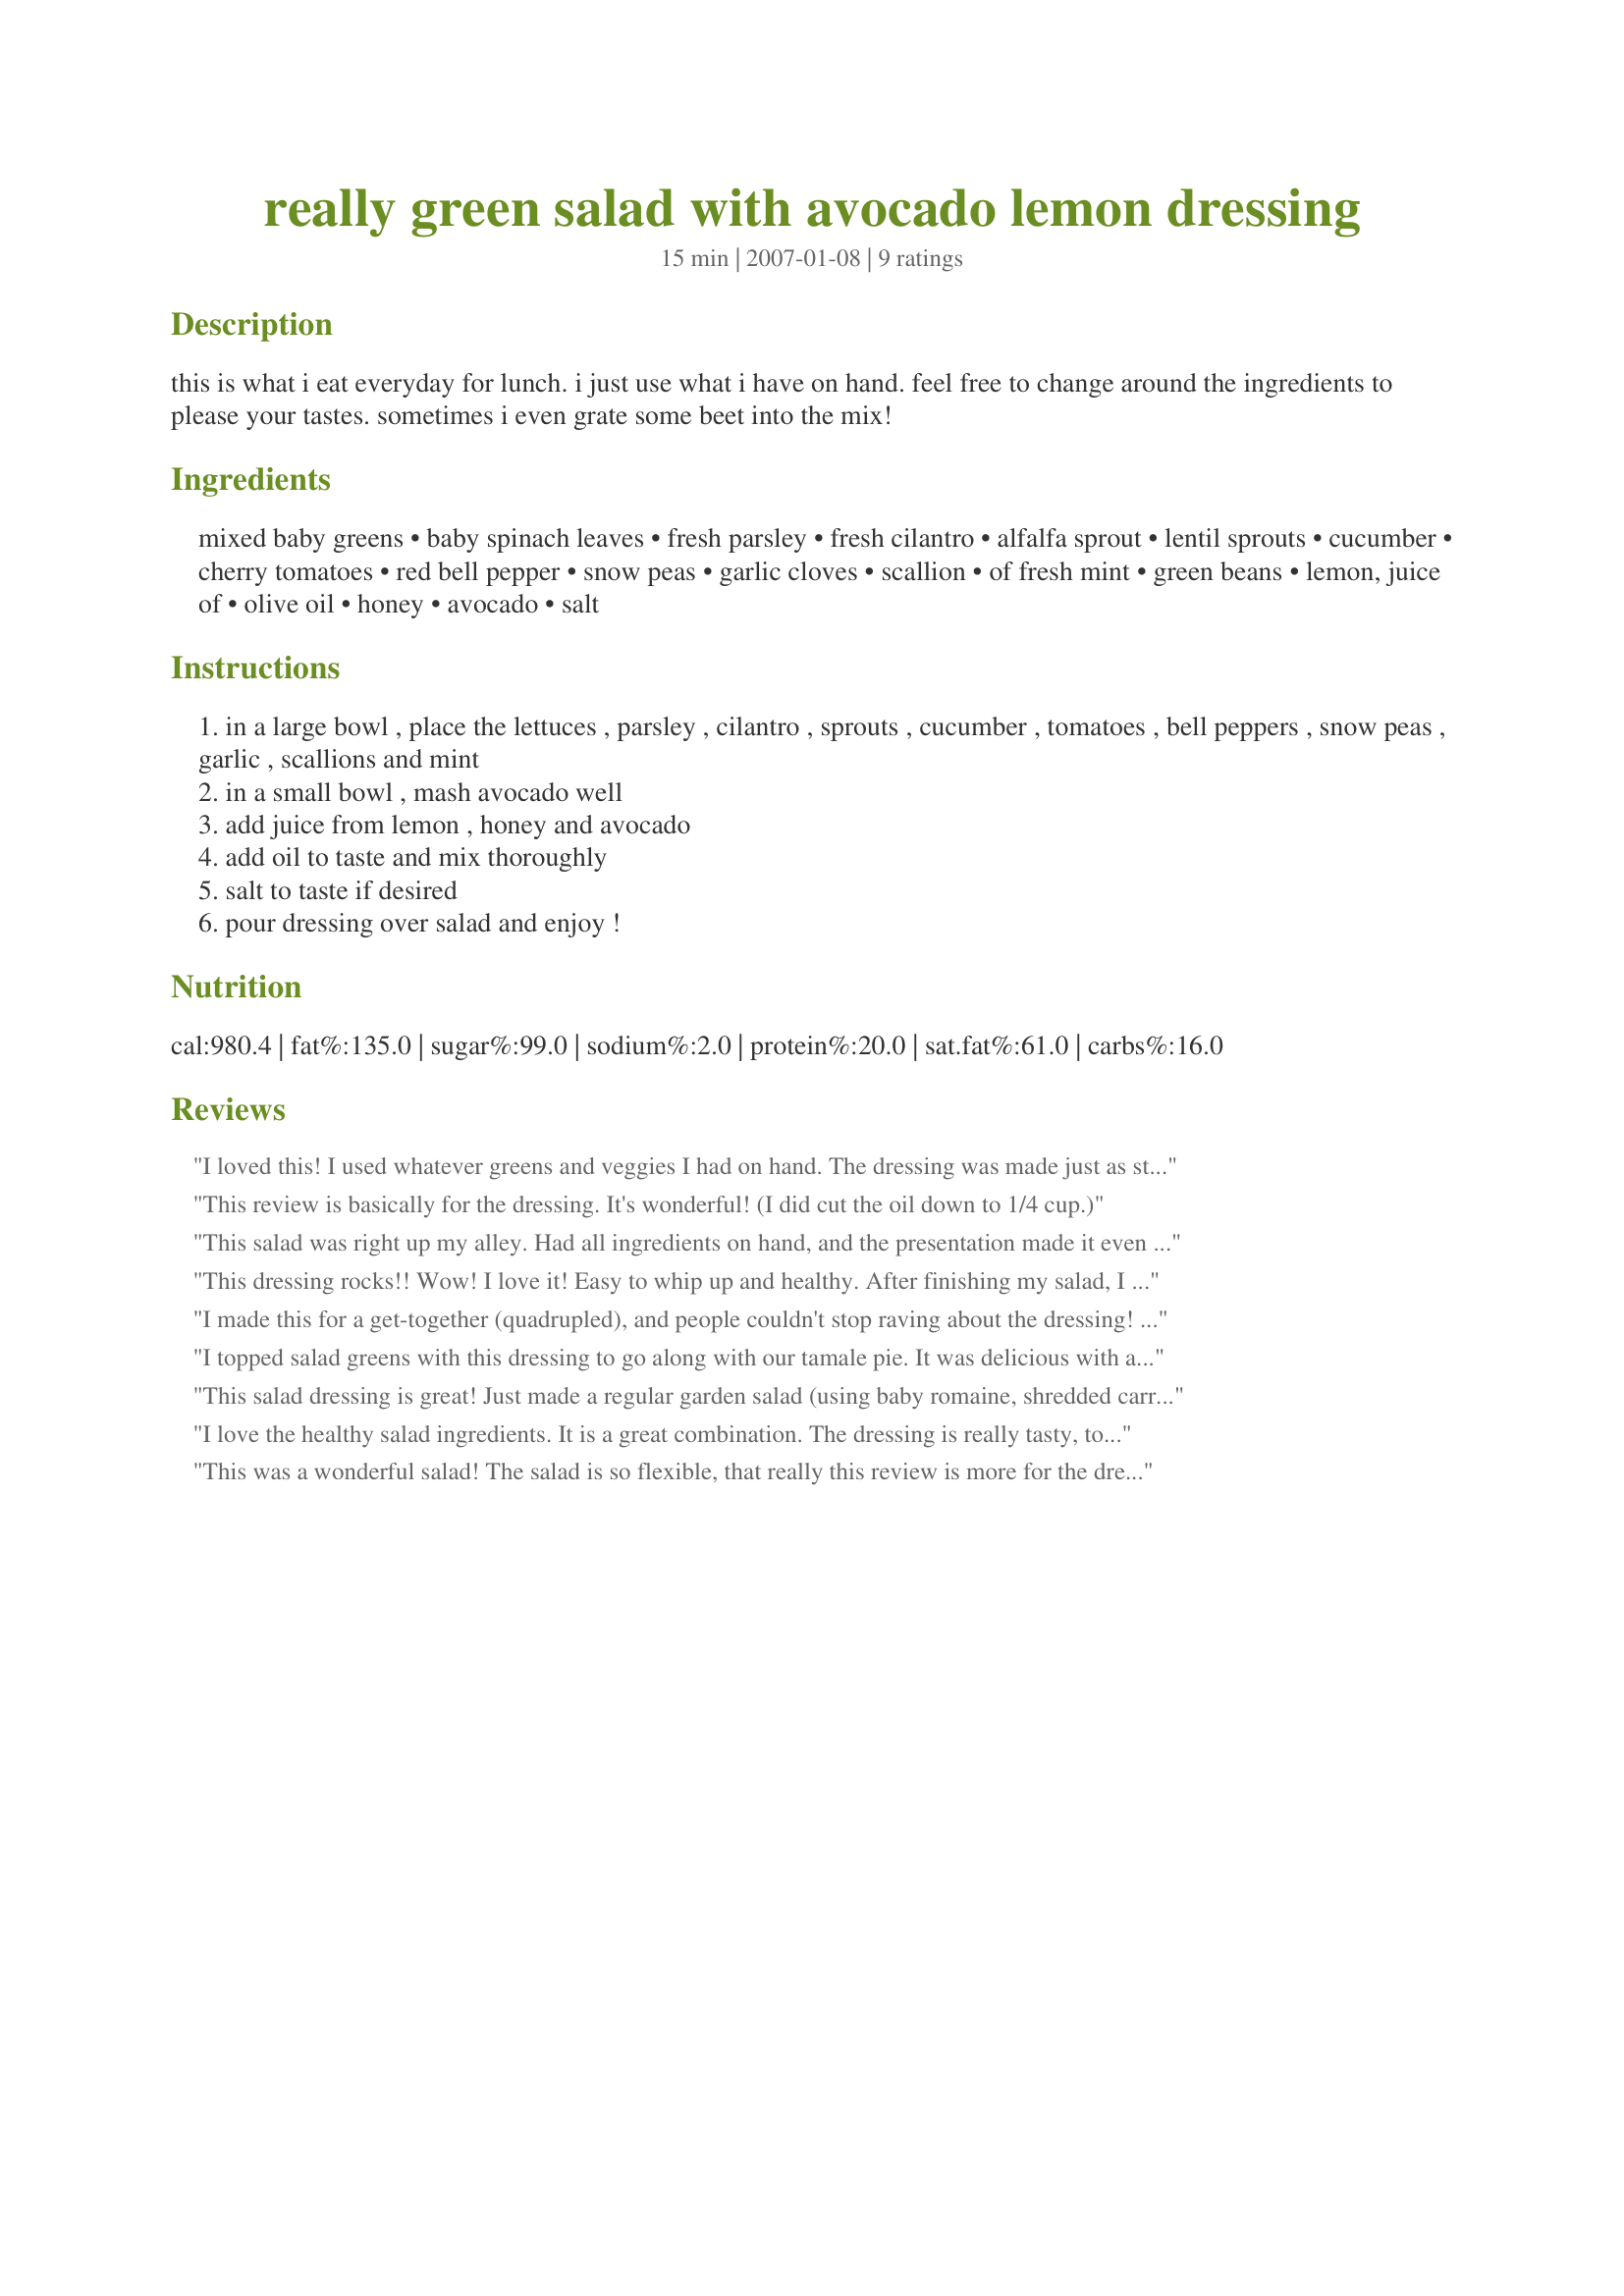
really green salad with avocado lemon dressing
Preparation time: 15 minutes

this is what i eat everyday for lunch. i just use what i have on hand. feel free to change around the ingredients to please your tastes. sometimes i even grate some beet into the mix!

Ingredients:
mixed baby greens, baby spinach leaves, fresh parsley, fresh cilantro, alfalfa sprout, lentil sprouts, cucumber, cherry tomatoes, red bell pepper, snow peas, garlic cloves, scallion, of fresh mint, green beans, lemon, juice of, olive oil, honey, avocado, salt

Steps:
in a large bowl , place the lettuces , parsley , cilantro , sprouts , cucumber , tomatoes , bell peppers , snow peas , garlic , scallions and mint
in a small bowl , mash avocado well
add juice from lemon , honey and avocado
add oil to taste and mix thoroughly
salt to taste if desired
pour dressing over salad and enjoy !

Reviews:
I loved this! I used whatever greens and veggies I had on hand. The dressing was made just as stated...boy do I love avocados! Thanks for sharing!
This review is basically for the dressing. It's wonderful! (I did cut the oil down to 1/4 cup.)
This salad was right up my alley. Had all ingredients on hand, and the presentation made it even more "hunger inducing". The dressing really added to the appeal, and the taste refreshing to the palate. This salad along with the dressing was gobbled down even faster by my vegan sons. I did however, just cut back a little on the olive oil, (my preference) just to keep it a bit lower in fat. Will make this again!
This dressing rocks!! Wow! I love it! Easy to whip up and healthy. After finishing my salad, I drizzled some on my salmon. Perfect combination! Try it!! Thanks for sharing this awesome recipe!
I made this for a get-together (quadrupled), and people couldn't stop raving about the dressing! I reduced the olive oil to 1/4c and added in a few dashes of red wine vinegar. It was excellent. I will make this my new salad dressing; I love that its bright and healthy and there are no nasty preservatives or additives.
I topped salad greens with this dressing to go along with our tamale pie. It was delicious with a nice sweetness. I used some Lyle's Golden Syrup (out of honey). It went especially well with black olives!
Thanks Sharon, for posting.
Roxygirl
This salad dressing is great! Just made a regular garden salad (using baby romaine, shredded carrot, cucumber, tomato, chives, yellow bell pepper, and added some chopped mint in this time), and spooned the dressing over top.<br/><br/>The flavour of the salad dressing is awesome. I made it with 1/2 and 1/2 canola oil and olive oil, a dash of seasoning salt. Excellent!
I love the healthy salad ingredients. It is a great combination. The dressing is really tasty, too! I love avocados!
This was a wonderful salad! The salad is so flexible, that really this review is more for the dressing than anything. I did tweak the recipe a bit to suit our tastes and my diet: for 3 dinner salads, I made the dressing using 1 medium avocado, 1/4 cup EVOO, 2 tsp honey, and about 1/3 cup (didn't measure, so just an estimate) of lemon juice (bottled, instead of fresh). This seemed just perfect to us--DH's whole face just lit up when he sampled it! For the salad, I used mixed baby greens, baby spinach, sliced Persian cucumbers, chopped orange bell pepper, chopped sugar snap peas, chopped red onion, chopped cilantro, spicy salad sprouts, and heirloom cherry tomatoes. Served with multigrain rolls and Bing cherries, this made a lovely summer dinner for us. Thanks so much for sharing, Sharon! Made for Everyday is a Holiday tag game.
